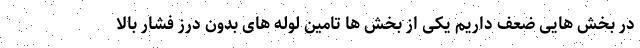
در بخش هایی ضعف داریم یکی از بخش ها تامین لوله های بدون درز فشار بالا